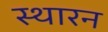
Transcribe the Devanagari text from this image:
स्थारन